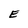
Character: E